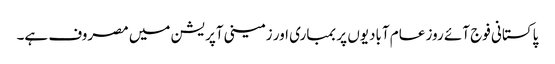
پاکستانی فوج آئے روز عام آبادیوں پر بمباری اور زمینی آپریشن میں مصروف ہے۔